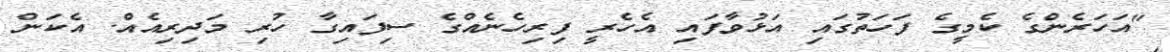
"އަހަރެންގެ ކެމީގެ ފަހަތުގައި އަޅުވާފައި އެހެރީ ފިރިހެނެއްގެ ސިފައިގާ ހުރި މަދިރިއެއް. އެކަން